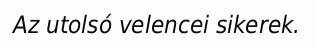
Az utolsó velencei sikerek.